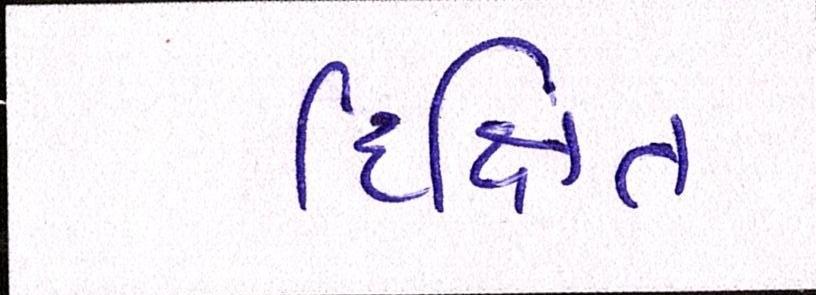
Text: દિક્ષિત